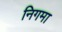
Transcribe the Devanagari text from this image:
निगमा